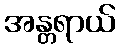
အန္တရာယ်